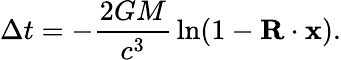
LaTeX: \Delta t=-{\frac{2GM}{c^{3}}}\ln(1-\mathbf{R}\cdot\mathbf{x}).